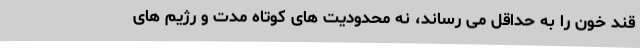
قند خون را به حداقل می رساند، نه محدودیت های کوتاه مدت و رژیم های